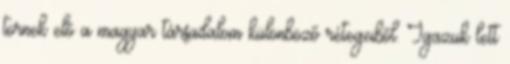
törnek elő a magyar társadalom különböző rétegeiből. Igazuk lett